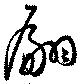
翩